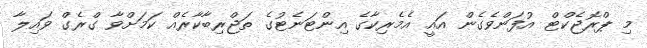
މި ޕްރޮޖެކްޓް އުފަންވެގެން އައީ އެމެރިކާގެ އިންޓަނެޓުގެ ތަޖްރިބާކާރެއް ކަމަށްވާ ގްރެގް ވައިލާ